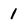
Character: 1